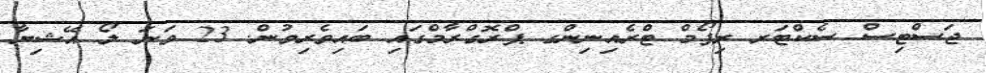
ޖަސްޓިސް ސެކްޓަރ ރިފޯމް ޓްރެއިނިންގ ޕްރޮގްރާމްގައި ބައިވެރިވުން. 23 ވަނަ ލޯ އޭޝިޔާ